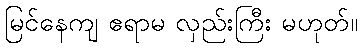
မြင်နေကျ ဧရာမ လှည်းကြီး မဟုတ်။